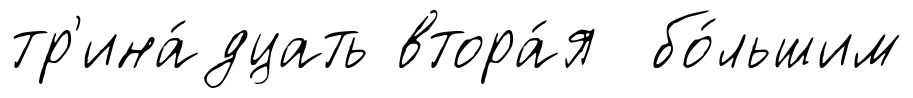
тр'ина́дцать втора́я бо́льшим